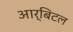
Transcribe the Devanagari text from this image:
आर्बिटल